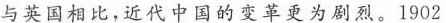
与英国相比，近代中国的变革更为剧烈。1902